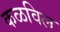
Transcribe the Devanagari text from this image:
कळविल